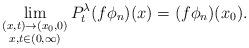
LaTeX: \begin{align*}\lim_{\substack{(x,t)\rightarrow (x_0,0)\\ x,t\in (0,\infty )}}P_t^\lambda (f\phi _n)(x)=(f\phi _n)(x_0).\end{align*}